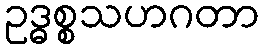
ဥဒ္ဓစ္စသဟဂတာ